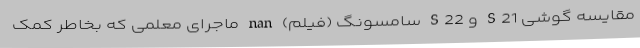
مقایسه گوشی S21 و S22 سامسونگ (فیلم) nan ماجرای معلمی که بخاطر کمک